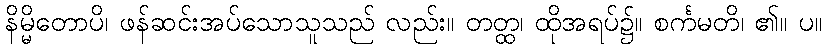
နိမ္မိတောပိ၊ ဖန်ဆင်းအပ်သောသူသည် လည်း။ တတ္ထ၊ ထိုအရပ်၌။ စင်္ကမတိ၊ ၏။ ပ။